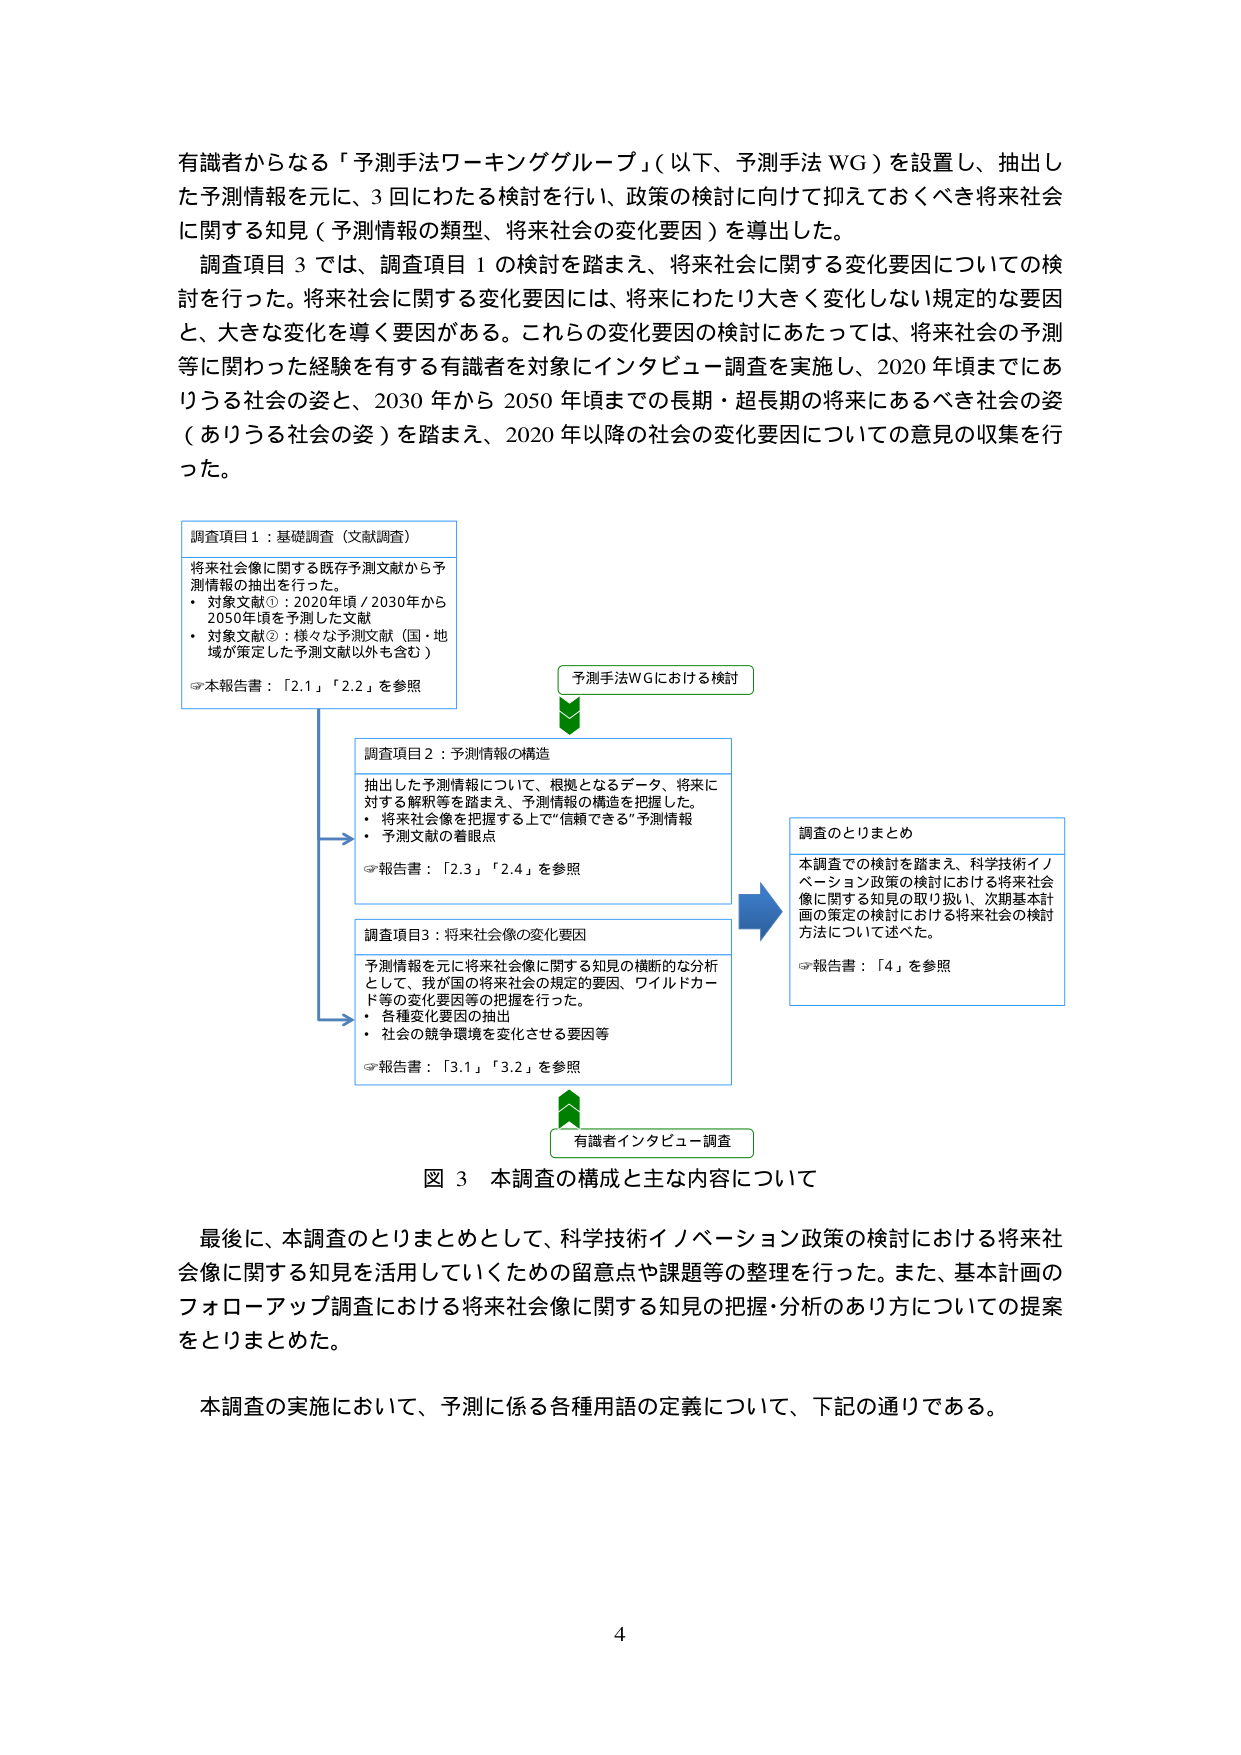
有識者からなる「予測手法ワーキンググループ」（以下、予測手法 WG）を設置し、抽出した予測情報を元に、3回にわたる検討を行い、政策の検討に向けて抑えておくべき将来社会に関する知見（予測情報の類型、将来社会の変化要因）を導出した。

調査項目3では、調査項目1の検討を踏まえ、将来社会に関する変化要因についての検討を行った。将来社会に関する変化要因には、将来にわたり大きく変化しない規定的な要因と、大きな変化を導く要因がある。これらの変化要因の検討にあたっては、将来社会の予測等に関わった経験を有する有識者を対象にインタビュー調査を実施し、2020年頃までにありうる社会の姿と、2030年から2050年頃までの長期・超長期の将来にあるべき社会の姿（ありうる社会の姿）を踏まえ、2020年以降の社会の変化要因についての意見の収集を行った。

調査項目1：基礎調査（文献調査）
将来社会像に関する既存予測文献から予測情報の抽出を行った。
・対象文献①：2020年頃／2030年から2050年頃を予測した文献
・対象文献②：様々な予測文献（国・地域が策定した予測文献以外も含む）
☞本報告書：「2.1」「2.2」を参照

予測手法WGにおける検討

調査項目2：予測情報の構造
抽出した予測情報について、根拠となるデータ、将来に対する解釈等を踏まえ、予測情報の構造を把握した。
・将来社会像を把握する上で“信頼できる”予測情報
・予測文献の着眼点
☞報告書：「2.3」「2.4」を参照

調査項目3：将来社会像の変化要因
予測情報を元に将来社会像に関する知見の横断的な分析として、我が国の将来社会の規定的要因、ワイルドカード等の変化要因等の把握を行った。
・各種変化要因の抽出
・社会の競争環境を変化させる要因等
☞報告書：「3.1」「3.2」を参照

有識者インタビュー調査

調査のとりまとめ
本調査での検討を踏まえ、科学技術イノベーション政策の検討における将来社会像に関する知見の取り扱い、次期基本計画の策定の検討における将来社会の検討方法について述べた。
☞報告書：「4」を参照

図3 本調査の構成と主な内容について

最後に、本調査のとりまとめとして、科学技術イノベーション政策の検討における将来社会像に関する知見を活用していくための留意点や課題等の整理を行った。また、基本計画のフォローアップ調査における将来社会像に関する知見の把握・分析のあり方についての提案をとりまとめた。

本調査の実施において、予測に係る各種用語の定義について、下記の通りである。

4